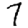
Digit: 7